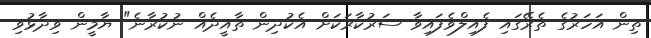
ތިން އަހަރުގެ ތެރޭގައި ފެއިލްވެފައިވާ ސަރުކާރަކަށް އެކުދިން ތާއީދެއް ނުކުރާނެ" ޔާމީން ވިދާޅުވި